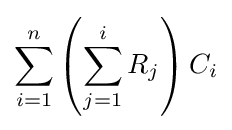
\sum _{i=1}^{n}\left(\sum _{j=1}^{i}R_{j}\right)C_{i}